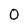
Character: 0